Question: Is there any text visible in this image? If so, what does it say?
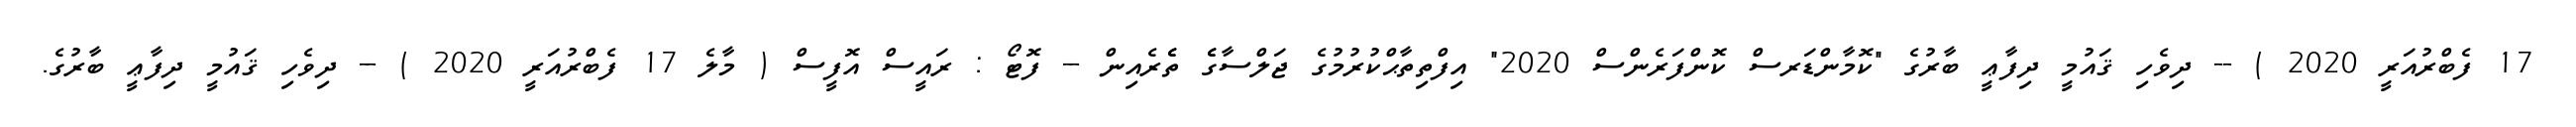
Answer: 17 ފެބްރުއަރީ 2020 ) -- ދިވެހި ޤައުމީ ދިފާޢީ ބާރުގެ "ކޮމާންޑަރސް ކޮންފަރެންސް 2020" އިފްތިތާޙްކުރުމުގެ ޖަލްސާގެެ ތެެރެއިން -- ފޮޓޯ : ރައީސް އޮފީސް ( މާލެ 17 ފެބްރުއަރީ 2020 ) -- ދިވެހި ޤައުމީ ދިފާޢީ ބާރުގެ.